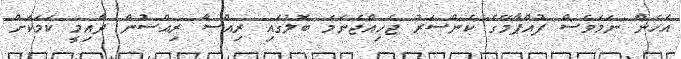
އެހެން ނަމަވެސް ފުއްޕާމޭގެ ކެންސަރު ޖެހިއްޖެނަމަ ބޮލުގައި ރިއްސާ ރިއްސުން ދާއިމީ ކަމަކަށް